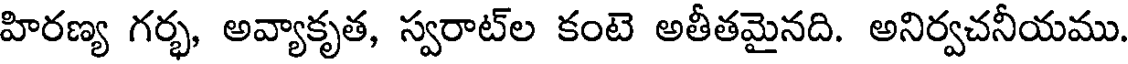
హిరణ్య గర్భ, అవ్యాకృత, స్వరాట్ల కంటె అతీతమైనది. అనిర్వచనీయము.